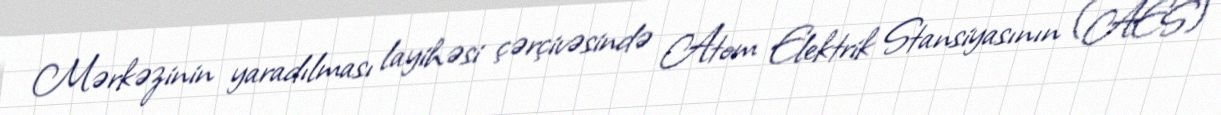
Mərkəzinin yaradılması layihəsi çərçivəsində Atom Elektrik Stansiyasının (AES)